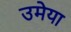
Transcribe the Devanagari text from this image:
उमेया